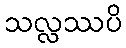
သလ္လဿပိ